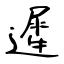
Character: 遲